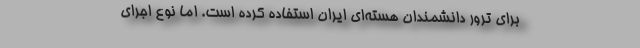
برای ترور دانشمندان هسته‌ای ایران استفاده کرده است. اما نوع اجرای